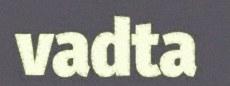
vadta